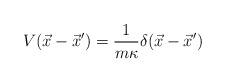
LaTeX: \begin{align*}V(\vec{x}-\vec{x}^\prime )={1\over m\kappa} \delta(\vec{x}-\vec{x}^\prime )\end{align*}